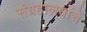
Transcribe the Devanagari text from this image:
संग्रहालयांचे